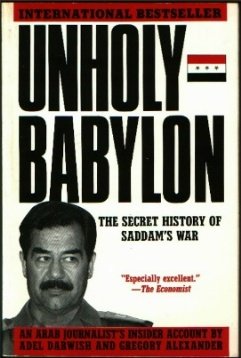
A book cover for Unholy Babylon: The Secret History of Saddam's War; Adel Darwish; History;